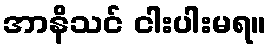
အာနိသင် ငါးပါးမရ။